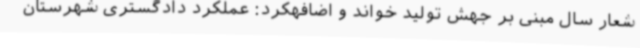
شعار سال مبنی بر جهش تولید خواند و اضافهکرد: عملکرد دادگستری شهرستان